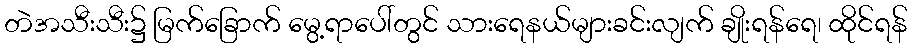
တဲအသီးသီး၌ မြက်ခြောက် မွေ့ရာပေါ်တွင် သားရေနယ်များခင်းလျက် ချိုးရန်ရေ၊ ထိုင်ရန်